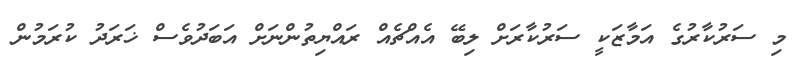
މި ސަރުކާރުގެ އަމާޒަކީ ސަރުކާރަށް ލިބޭ އެއްޗެއް ރައްޔިތުންނަށް އަބަދުވެސް ޚަރަދު ކުރަމުން